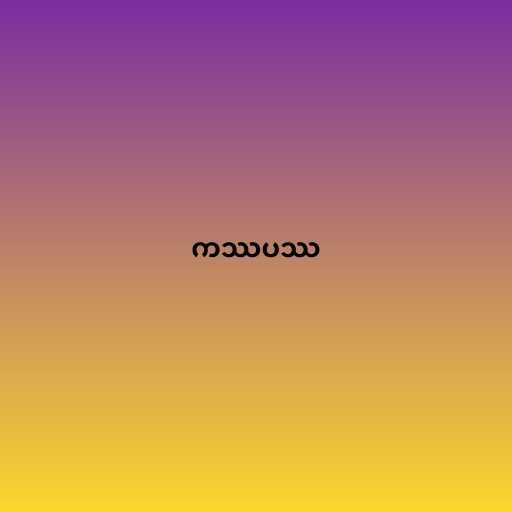
ကဿပဿ